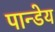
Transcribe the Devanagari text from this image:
पान्डेय